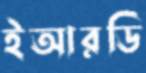
ইআরডি